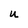
Character: u